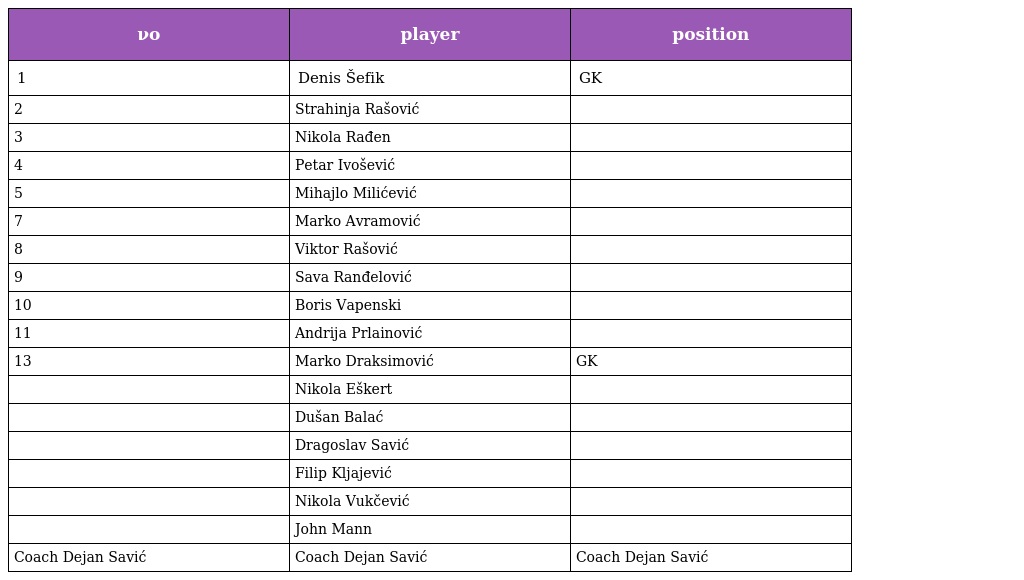
| νο | player | position |
 | --- | --- | --- |
 | 1 | Denis Šefik | GK |
 | 2 | Strahinja Rašović |  |
 | 3 | Nikola Rađen |  |
 | 4 | Petar Ivošević |  |
 | 5 | Mihajlo Milićević |  |
 | 7 | Marko Avramović |  |
 | 8 | Viktor Rašović |  |
 | 9 | Sava Ranđelović |  |
 | 10 | Boris Vapenski |  |
 | 11 | Andrija Prlainović |  |
 | 13 | Marko Draksimović | GK |
 |  | Nikola Eškert |  |
 |  | Dušan Balać |  |
 |  | Dragoslav Savić |  |
 |  | Filip Kljajević |  |
 |  | Nikola Vukčević |  |
 |  | John Mann |  |
 | Coach Dejan Savić | Coach Dejan Savić | Coach Dejan Savić |